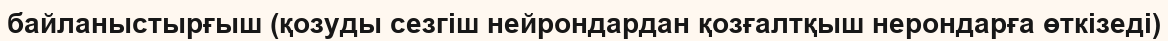
байланыстырғыш (қозуды сезгіш нейрондардан қозғалтқыш нерондарға өткізеді)